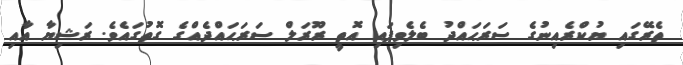
ތެރޭގައި ޔުކްރެއިނުގެ ސަރަޙައްދު ބެލެވިފައި އޮތީ ރޫރަލް ސަރަޙައްދެއްގެ ގޮތުގައެވެ. ރަޝިޔާ އާއި